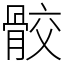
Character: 骹